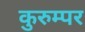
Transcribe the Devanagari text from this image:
कुरुम्पर